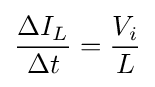
{\frac {\Delta I_{L}}{\Delta t}}={\frac {V_{i}}{L}}